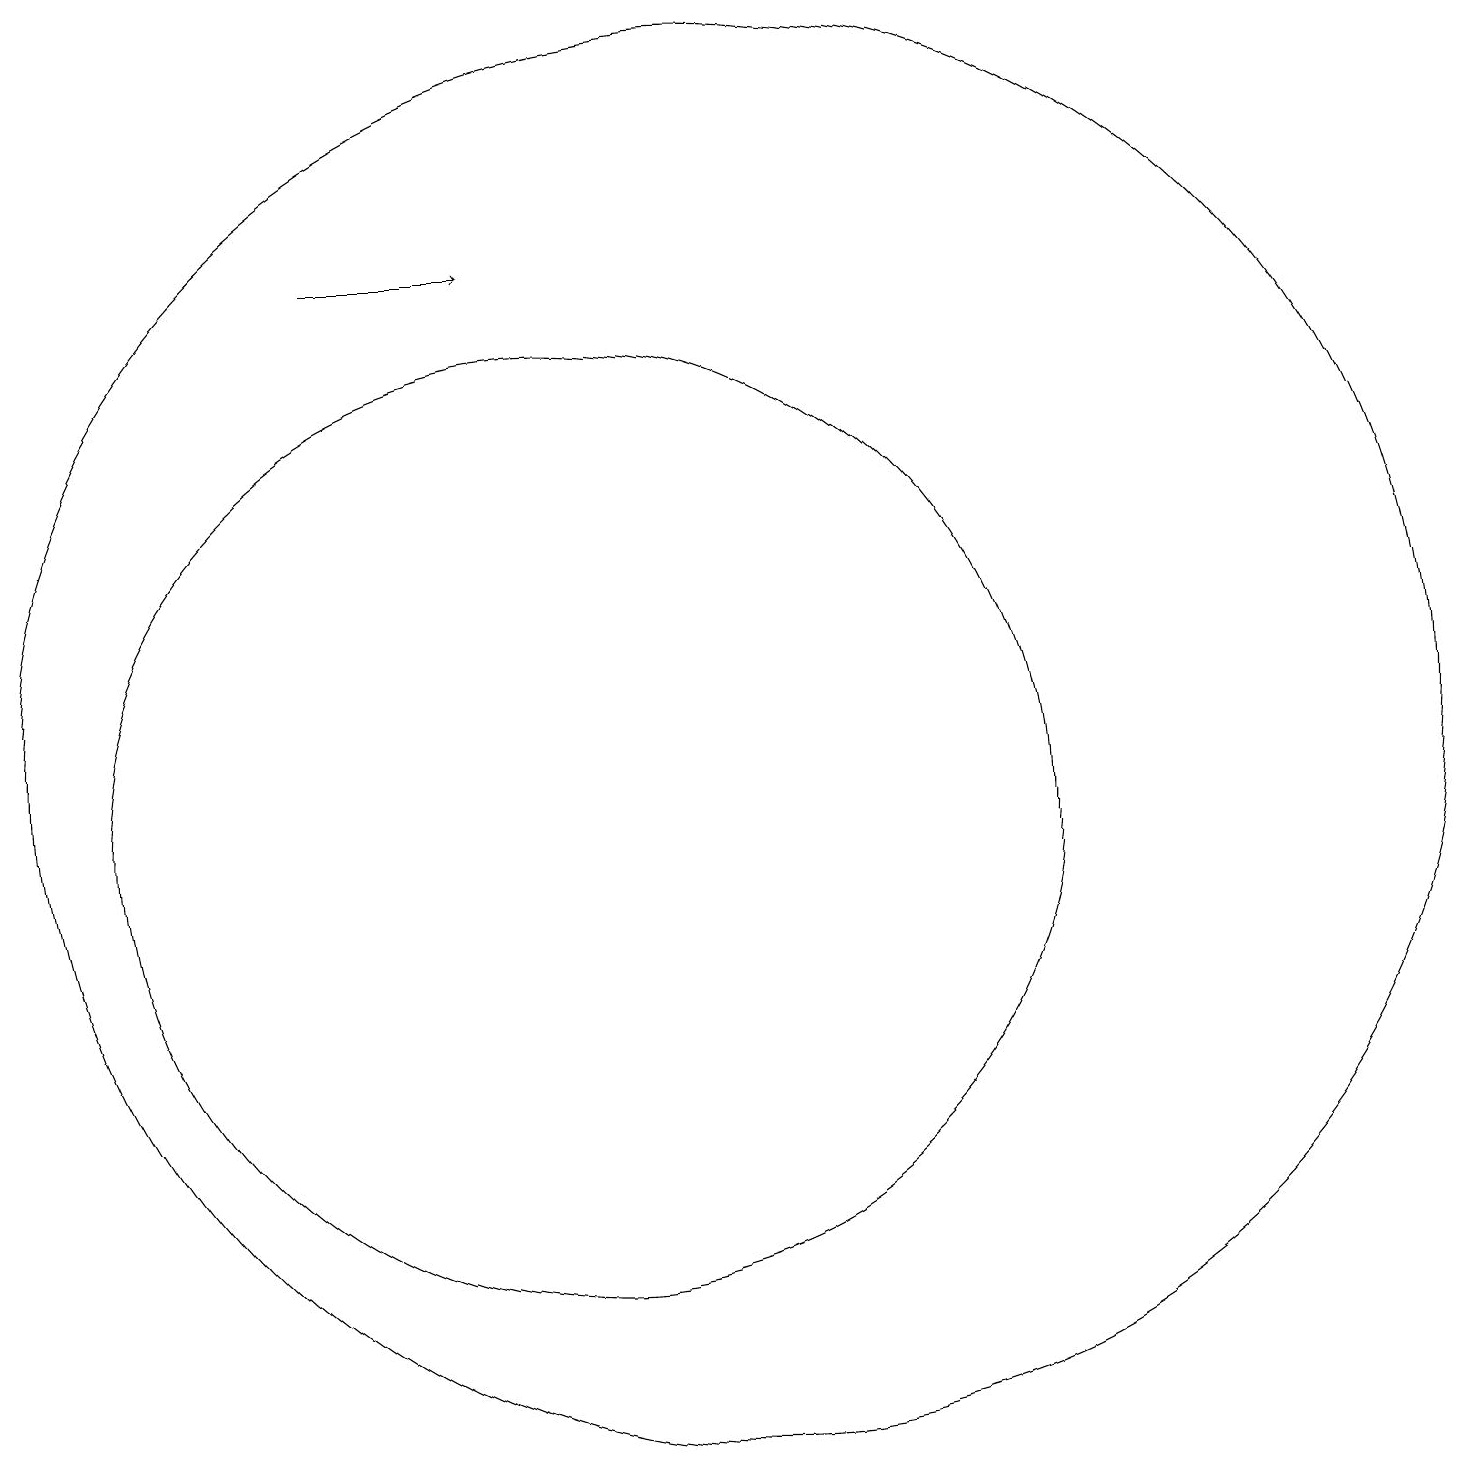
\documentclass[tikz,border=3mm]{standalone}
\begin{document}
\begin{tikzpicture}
\draw (10,10) circle (6);
\draw (12,11) circle (9);
\draw[->] (7,17) -- (9,17);
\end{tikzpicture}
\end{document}